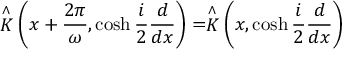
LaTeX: \stackrel { \wedge } { K } \left( x + \frac { 2 \pi } { \omega } , \cosh \frac { i } { 2 } \frac { d } { d x } \right) = \stackrel { \wedge } { K } \left( x , \cosh \frac { i } { 2 } \frac { d } { d x } \right)